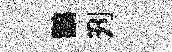
鸛刋